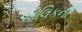
માલિકના